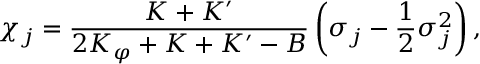
\chi _ { j } = \frac { K + K ^ { \prime } } { 2 K _ { \varphi } + K + K ^ { \prime } - B } \left( \sigma _ { j } - \frac { 1 } { 2 } \sigma _ { j } ^ { 2 } \right) ,